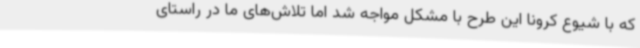
که با شیوع کرونا این طرح با مشکل مواجه شد اما تلاش‌های ما در راستای